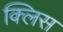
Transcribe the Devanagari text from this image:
क्लिस